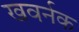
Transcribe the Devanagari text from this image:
खवर्नक